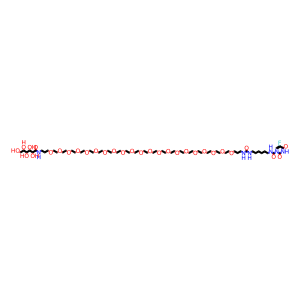
SMILES: O=C(NCCCCCCNC(=O)n1cc(F)c(=O)[nH]c1=O)NCCCOCCOCCOCCOCCOCCOCCOCCOCCOCCOCCOCCOCCOCCOCCOCCOCCOCCOCCOCCOCCOCCCNC(=O)C(O)C(O)C(O)C(O)CO
Inhibits HIV replication: No